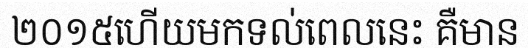
២០១៥ហើយមកទល់ពេលនេះ គឺមាន